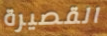
القصيرة